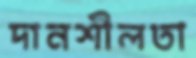
দানশীলতা